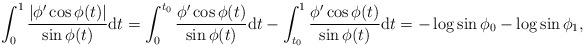
LaTeX: \begin{gather*}\int_{0}^{1}\frac{\vert \phi^{\prime}\cos\phi(t)\vert }{\sin\phi(t) }\mathrm{d}t =\int_{0}^{t_{0}}\frac{\phi^{\prime}\cos\phi(t) }{\sin\phi(t)}\mathrm{d}t-\int_{t_{0}}^{1}\frac{\phi^{\prime}\cos\phi(t)}{\sin\phi(t) }\mathrm{d}t =-\log\sin\phi_{0}-\log\sin\phi_{1},\end{gather*}